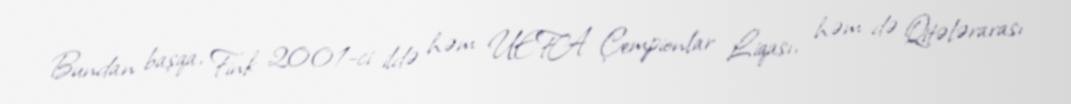
Bundan başqa, Fink 2001-ci ildə həm UEFA Çempionlar Liqası, həm də Qitələrarası